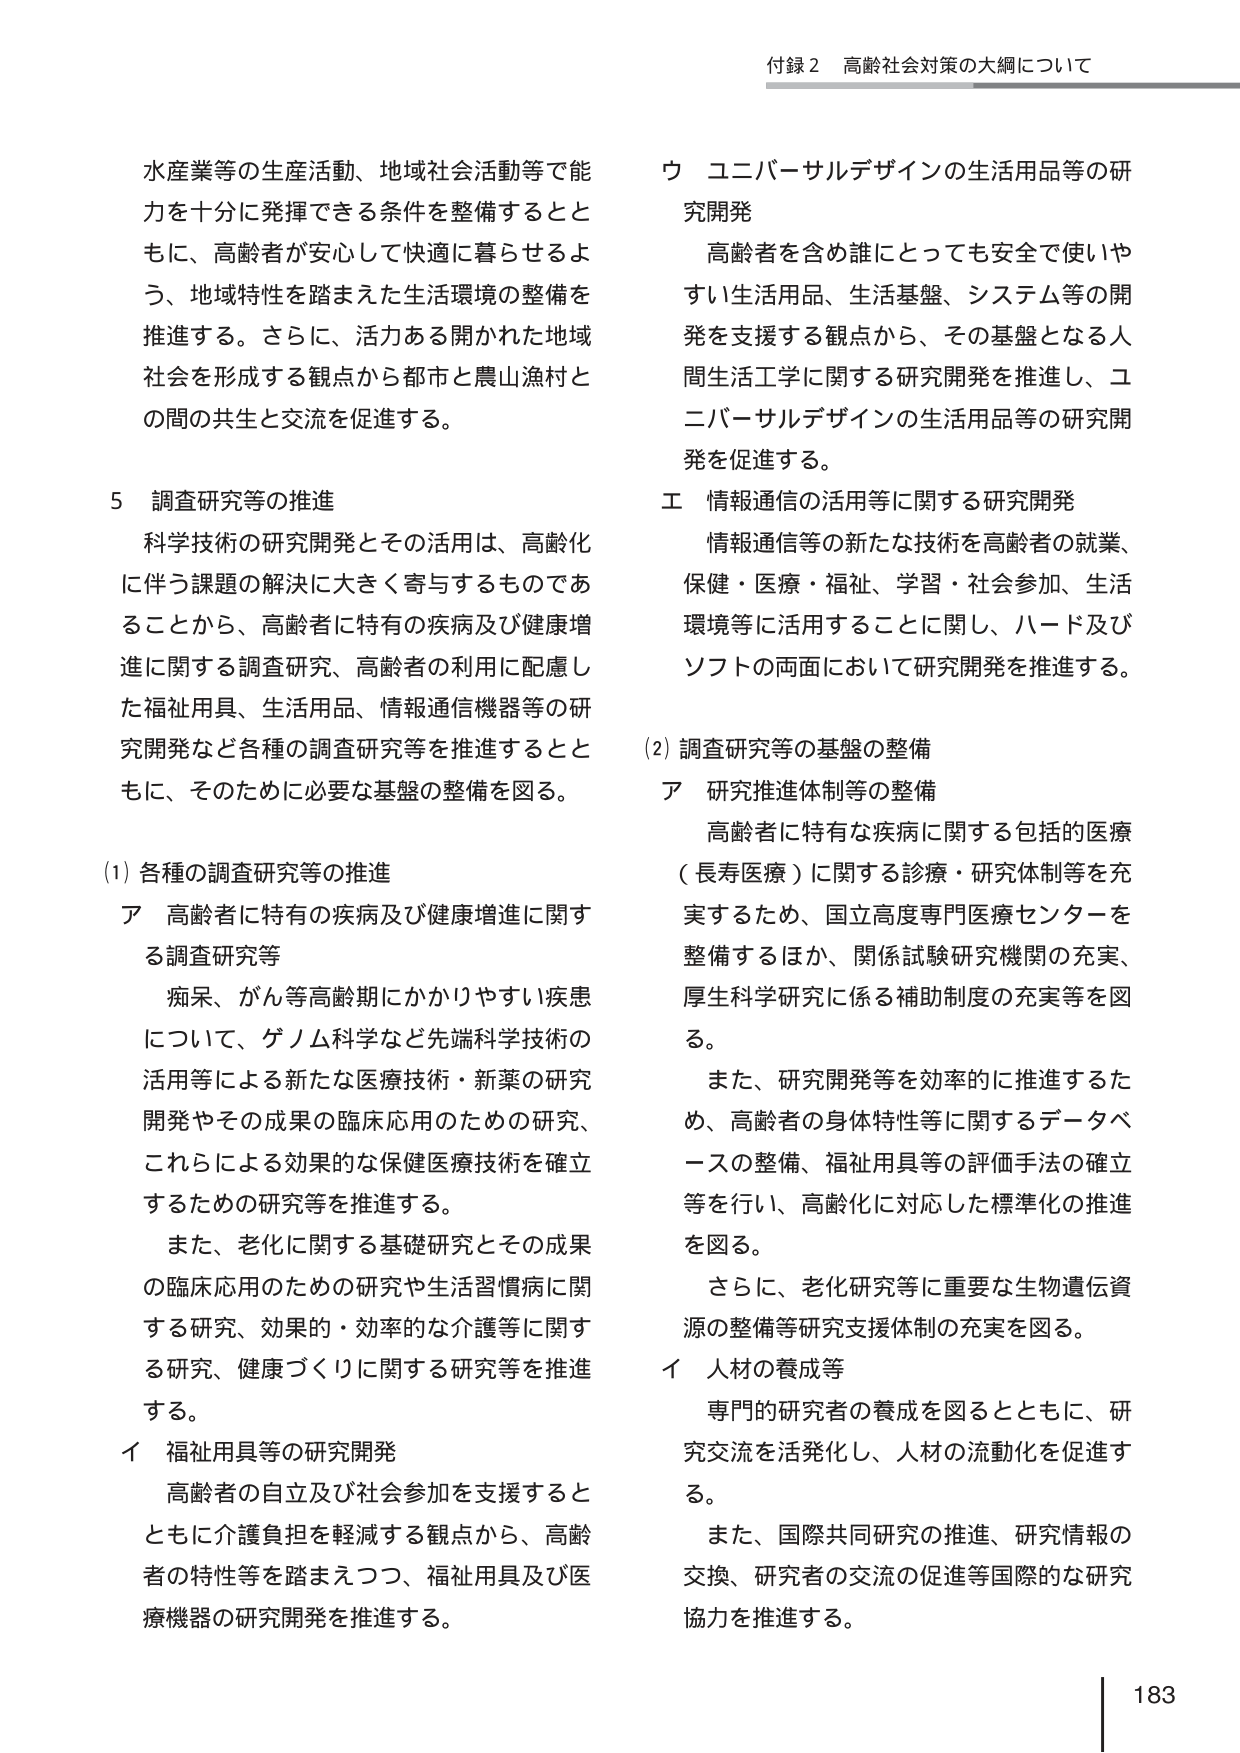
付録２ 高齢社会対策の大綱について

水産業等の生産活動、地域社会活動等で能力を十分に発揮できる条件を整備するとともに、高齢者が安心して快適に暮らせるよう、地域特性を踏まえた生活環境の整備を推進する。さらに、活力ある開かれた地域社会を形成する観点から都市と農山漁村との間の共生と交流を促進する。

５ 調査研究等の推進
科学技術の研究開発とその活用は、高齢化に伴う課題の解決に大きく寄与するものであることから、高齢者に特有の疾病及び健康増進に関する調査研究、高齢者の利用に配慮した福祉用具、生活用品、情報通信機器等の研究開発など各種の調査研究等を推進するとともに、そのために必要な基盤の整備を図る。

(1) 各種の調査研究等の推進
ア 高齢者に特有の疾病及び健康増進に関する調査研究等
痴呆、がん等高齢期にかかりやすい疾患について、ゲノム科学など先端科学技術の活用等による新たな医療技術・新薬の研究開発やその成果の臨床応用のための研究、これらによる効果的な保健医療技術を確立するための研究等を推進する。
また、老化に関する基礎研究とその成果の臨床応用のための研究や生活習慣病に関する研究、効果的・効率的な介護等に関する研究、健康づくりに関する研究等を推進する。
イ 福祉用具等の研究開発
高齢者の自立及び社会参加を支援するとともに介護負担を軽減する観点から、高齢者の特性等を踏まえつつ、福祉用具及び医療機器の研究開発を推進する。

ウ ユニバーサルデザインの生活用品等の研究開発
高齢者を含め誰にとっても安全で使いやすい生活用品、生活基盤、システム等の開発を支援する観点から、その基盤となる人間生活工学に関する研究開発を推進し、ユニバーサルデザインの生活用品等の研究開発を促進する。
エ 情報通信の活用等に関する研究開発
情報通信等の新たな技術を高齢者の就業、保健・医療・福祉、学習・社会参加、生活環境等に活用することに関し、ハード及びソフトの両面において研究開発を推進する。

(2) 調査研究等の基盤の整備
ア 研究推進体制等の整備
高齢者に特有な疾病に関する包括的医療（長寿医療）に関する診療・研究体制等を充実するため、国立高度専門医療センターを整備するほか、関係試験研究機関の充実、厚生科学研究に係る補助制度の充実等を図る。
また、研究開発等を効率的に推進するため、高齢者の身体特性等に関するデータベースの整備、福祉用具等の評価手法の確立等を行い、高齢化に対応した標準化の推進を図る。
さらに、老化研究等に重要な生物遺伝資源の整備等研究支援体制の充実を図る。
イ 人材の養成等
専門的研究者の養成を図るとともに、研究交流を活発化し、人材の流動化を促進する。
また、国際共同研究の推進、研究情報の交換、研究者の交流の促進等国際的な研究協力を推進する。

183